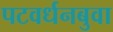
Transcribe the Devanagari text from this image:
पटवर्धनबुवा